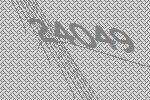
24049